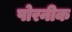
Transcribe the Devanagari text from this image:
पोरनीक